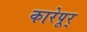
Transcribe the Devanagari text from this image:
कारेपूर्